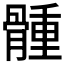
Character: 𩩳